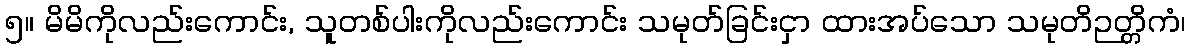
၅။ မိမိကိုလည်းကောင်း, သူတစ်ပါးကိုလည်းကောင်း သမုတ်ခြင်းငှာ ထားအပ်သော သမုတိဉတ္တိကံ၊